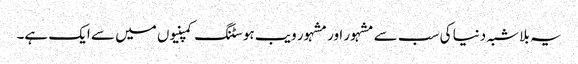
یہ بلا شبہ دنیا کی سب سے مشہور اور مشہور ویب ہوسٹنگ کمپنیوں میں سے ایک ہے۔